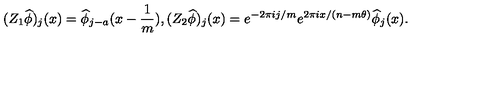
( Z _ { 1 } \widehat { \phi } ) _ { j } ( x ) = \widehat { \phi } _ { j - a } ( x - \frac { 1 } { m } ) , ( Z _ { 2 } \widehat { \phi } ) _ { j } ( x ) = e ^ { - 2 \pi i j / m } e ^ { 2 \pi i x / ( n - m \theta ) } \widehat { \phi } _ { j } ( x ) .